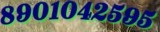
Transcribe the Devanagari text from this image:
८९०१०४२५९५